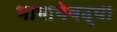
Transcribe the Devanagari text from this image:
भागायेवढ्या